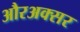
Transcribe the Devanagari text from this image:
औरअक्सर